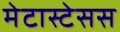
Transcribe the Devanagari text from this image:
मेटास्टेसस